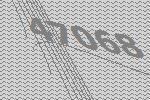
47068